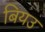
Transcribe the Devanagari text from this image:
बियउ